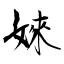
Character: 婡